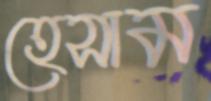
হেসাম